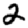
Digit: 2